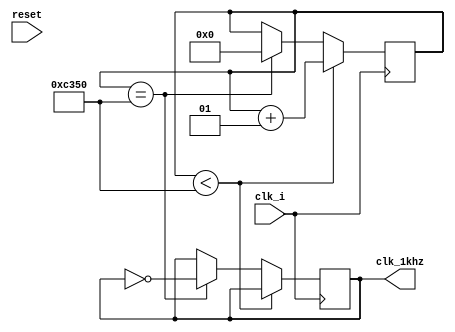
`timescale 1ns / 1ps
//////////////////////////////////////////////////////////////////////////////////
// Company: 
// Engineer: 
// 
// Design Name: 
// Module Name: clock_divider2
// Project Name: 
// Target Devices: 
// Tool Versions: 
// Description: 
// 
// Dependencies: 
// 
// Revision:
// Revision 0.01 - File Created
// Additional Comments:
// 
//////////////////////////////////////////////////////////////////////////////////


module clock_divider2(
clk_i,
reset,
clk_1khz
    );
    
input clk_i,reset; 
output reg clk_1khz;
integer divisor;

initial begin
divisor = 0;
clk_1khz =0;
end
always @(posedge clk_i)
    begin
         if (divisor < (50*10**3)) begin
            divisor <= divisor + 1;
        end else if(divisor == (50*10**3)) begin
            divisor <= 0;
            clk_1khz = ~clk_1khz;
            end
        end
endmodule